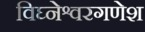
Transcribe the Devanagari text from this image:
विघ्नेश्वरगणेश